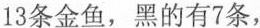
13条金鱼，黑的有7条，